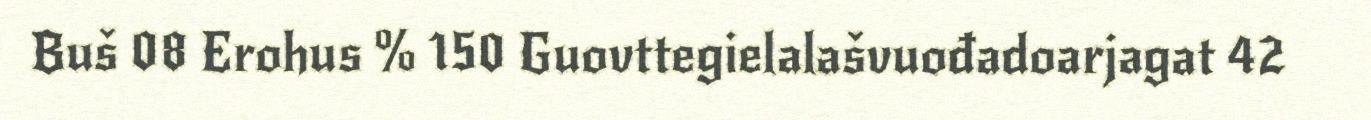
Buš 08 Erohus % 150 Guovttegielalašvuođadoarjagat 42